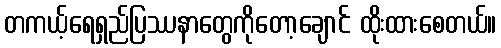
တကယ့်ရေရှည်ပြဿနာတွေကိုတော့ချောင် ထိုးထားစေတယ်။